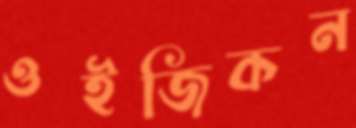
ওইজিকন